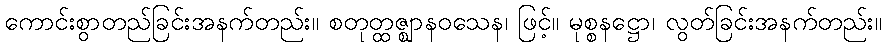
ကောင်းစွာတည်ခြင်းအနက်တည်း။ စတုတ္ထဇ္ဈာနဝသေန၊ ဖြင့်။ မုစ္စနဋ္ဌော၊ လွတ်ခြင်းအနက်တည်း။